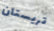
تريستان